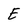
Character: E